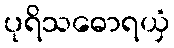
ပုရိသဓောရယှံ